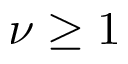
\nu \geq 1